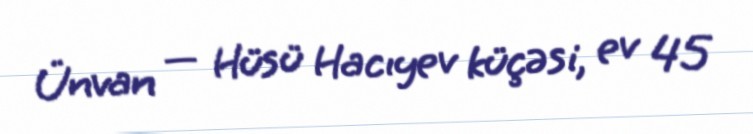
Ünvan — Hüsü Hacıyev küçəsi, ev 45